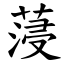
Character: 蓡